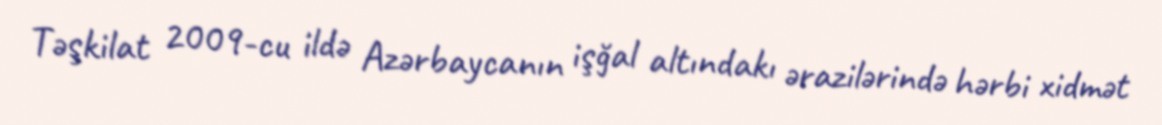
Təşkilat 2009-cu ildə Azərbaycanın işğal altındakı ərazilərində hərbi xidmət